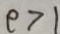
e > 1